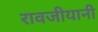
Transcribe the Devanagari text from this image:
रावजीयानी